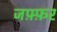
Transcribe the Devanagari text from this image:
जफ़्फ़र